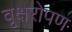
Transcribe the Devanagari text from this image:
वृक्षरोपण